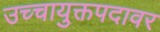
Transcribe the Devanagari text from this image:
उच्चायुक्तपदावर